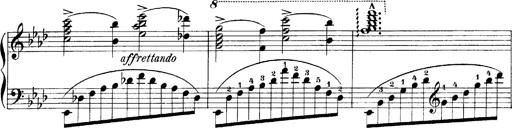
Title: LiebestrÃ¤ume
Composer: Franz Behr
Key: E-flat major